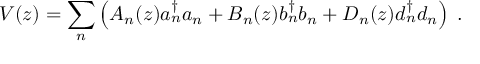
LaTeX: V ( z ) = { \sum _ { n } } \left( A _ { n } ( z ) a { _ n ^ { \dagger } } a _ { n } + B _ { n } ( z ) b { _ n ^ { \dagger } } b _ { n } + D _ { n } ( z ) d { _ n ^ { \dagger } } d _ { n } \right) \; .